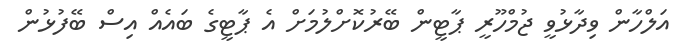
އަލްހާން ވިދާޅުވީ ޖުމްހޫރީ ޕާޓީން ބޭރުކޮށްލުމަށް އެ ޕާޓީގެ ބައެއް އިސް ބޭފުޅުން